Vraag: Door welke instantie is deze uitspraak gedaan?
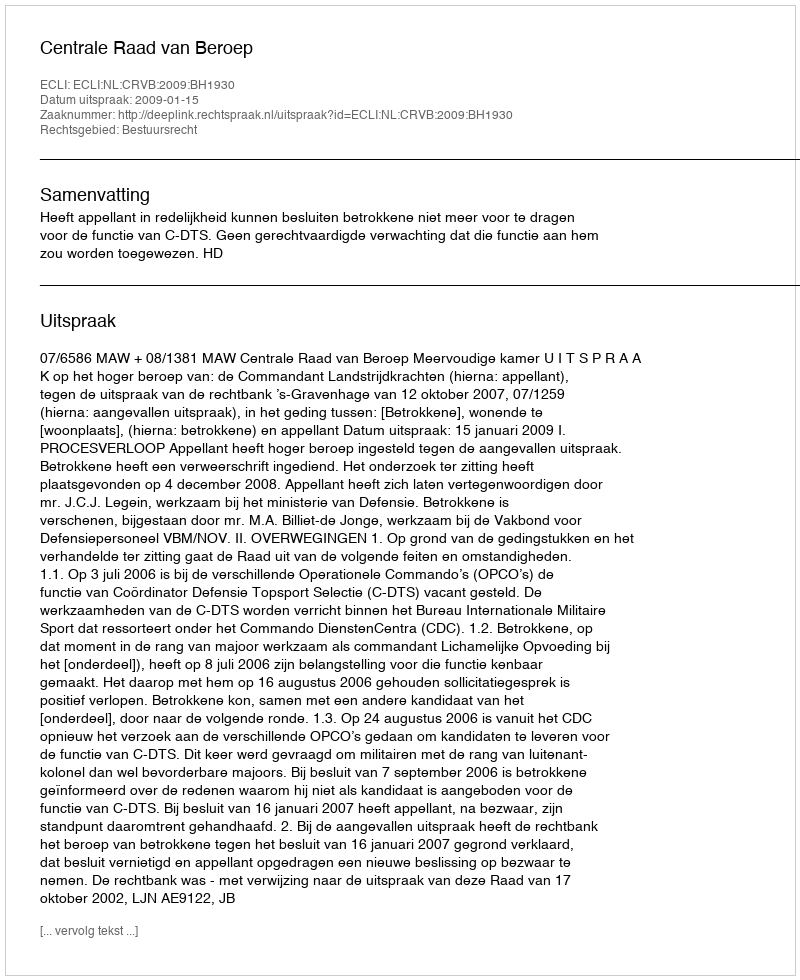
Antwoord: Centrale Raad van Beroep